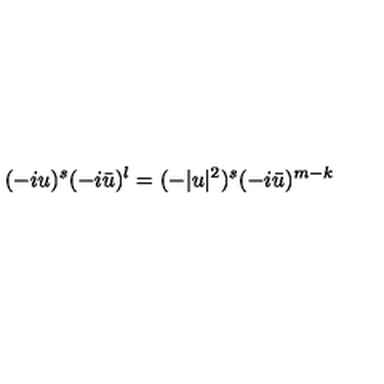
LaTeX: ( - i u ) ^ { s } ( - i \bar { u } ) ^ { l } = ( - | u | ^ { 2 } ) ^ { s } ( - i \bar { u } ) ^ { m - k }